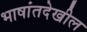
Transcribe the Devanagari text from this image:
भाषांतदेखील